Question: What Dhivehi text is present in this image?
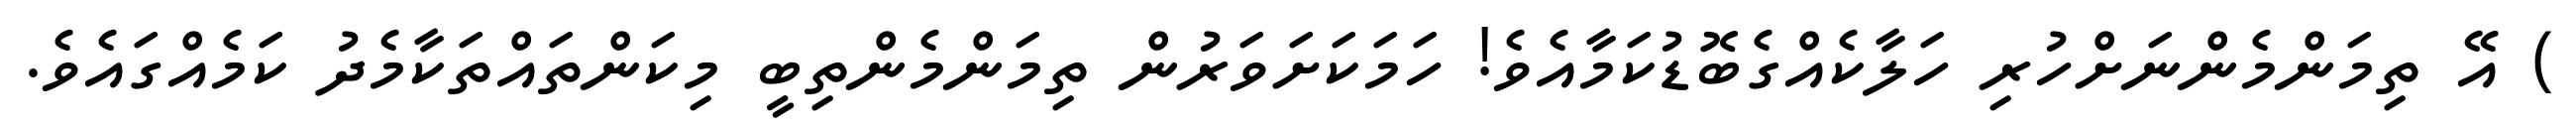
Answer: ) އޭ ތިމަންމެންނަށްހުރި ހަލާކެއްގެބޮޑުކަމާއެވެ! ހަމަކަށަވަރުން ތިމަންމެންތިބީ މިކަންތައްތަކާމެދު ކަމެއްގައެވެ.